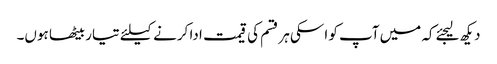
دیکھ لیجئےکہ میں آپ کو اسکی ہر قسم کی قیمت ادا کرنے کیلئے تیار بیٹھا ہوں۔